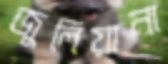
জুলিয়ানা